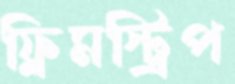
ফ্লিমস্ট্রিপ